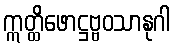
ဣတ္ထိဖောဋ္ဌဗ္ဗဝသာနုဂါ